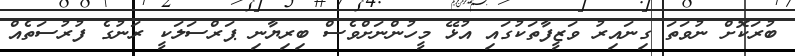
ބުރަކޮށް ނުވަތަ ގިނައިރު ވަޒީފާތަކުގައި އުޅޭ މީހުންނަށްވެސް ބިރިޔާނި ޕަރްސަލަކީ ރަނުގެ ފުރުސަތެއް